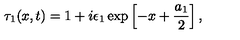
\tau _ { 1 } ( x , t ) = 1 + i \epsilon _ { 1 } \exp \left[ - x + \frac { a _ { 1 } } { 2 } \right] ,